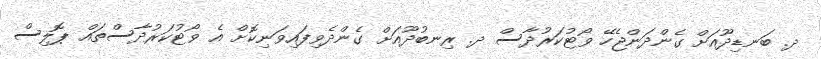
ދ. ބަނޑިދޫއަށް ގެންދަންޖެހޭ ވޯޓުކަރުދާސް ދ. ރިނބުދޫއަށް ގެންދެވިފައިވަނިކޮށް އެ ވޯޓުކަރުދާސްތައް ޕޮލިސް